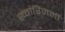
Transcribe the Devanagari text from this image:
ख्वारिज़मी